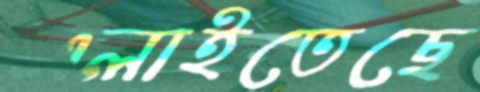
এলাইতেছে